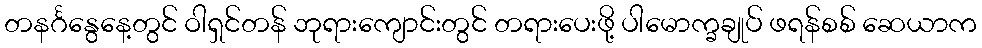
တနင်္ဂနွေနေ့တွင် ဝါရှင်တန် ဘုရားကျောင်းတွင် တရားပေးဖို့ ပါမောက္ခချုပ် ဖရန်စစ် ဆေယာက